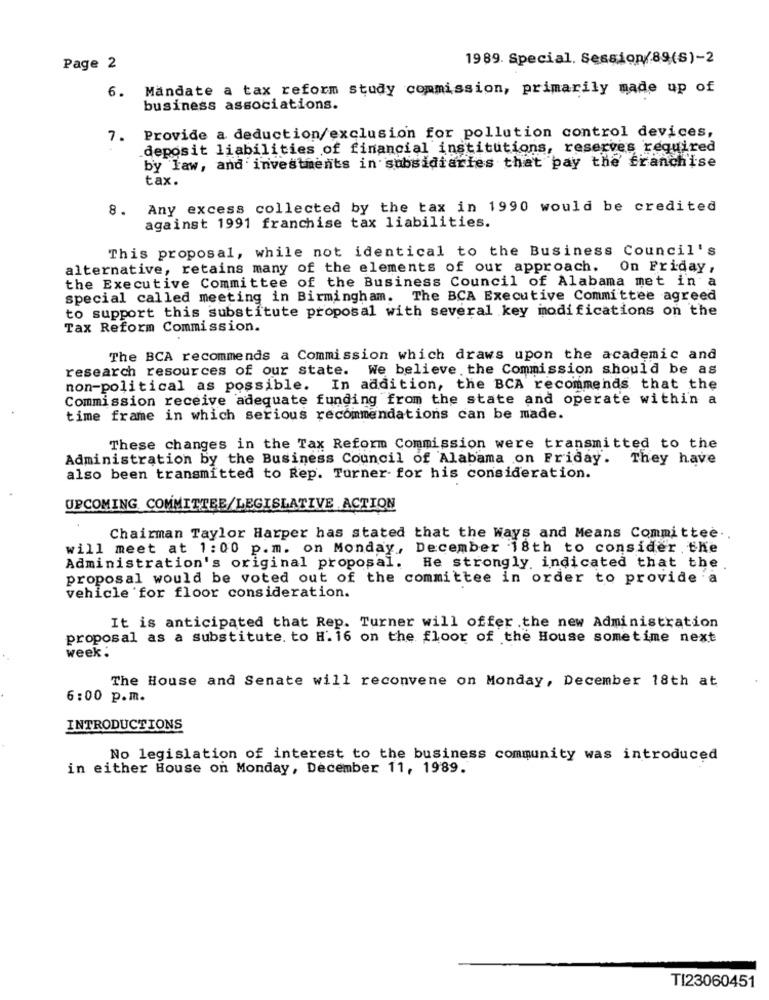
1989. Special. Session/89(S)-2
Page 2
Mandate a tax reform study commission, primarily made up of
6.
business associations.
7. Provide a deduction/exclusion for pollution control devices,
deposit liabilities of financial institutions, reserves required
by law, and investments in subsidiaries that pay the franchise
tax.
8. Any excess collected by the tax in 1990 would be credited
against 1991 franchise tax liabilities.
This proposal, while not identical to the Business Council's
alternative, retains many of the elements of our approach.
On Friday ,
the Executive Committee of the Business Council of Alabama met in a
special called meeting in Birmingham. The BCA Executive Committee agreed
to support this substitute proposal with several key modifications on the
Tax Reform Commission.
The BCA recommends a Commission which draws upon the academic and
research resources of our state. We believe the Commission should be as
non-political as possible. In addition, the BCA recommends that the
Commission receive adequate funding from the state and operate within a
time frame in which serious recommendations can be made.
These changes in the Tax Reform Commission were transmitted to the
Administration by the Business Council of Alabama on Friday. They have
also been transmitted to Rep. Turner- for his consideration.
UPCOMING COMMITTEE/LEGISLATIVE ACTION
Chairman Taylor Harper has stated that the Ways and Means Committee ..
will meet at 1:00 p.m. on Monday, December 18th to consider the
Administration's original proposal.
He strongly. indicated that the
proposal would be voted out of the committee in order to provide a
vehicle for floor consideration.
It is anticipated that Rep. Turner will offer .the new Administration
proposal as a substitute. to H.16 on the floor of the House sometime next
week:
The House and Senate will reconvene on Monday, December 18th at
6:00 p.m.
INTRODUCTIONS
No legislation of interest to the business community was introduced
in either House on Monday, December 11, 1989.
TI23060451